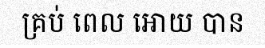
គ្រប់ ពេល អោយ បាន